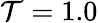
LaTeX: \mathcal{T}=1.0